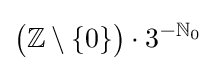
{\bigl (}\mathbb {Z} \setminus \{0\}{\bigr )}\cdot 3^{-\mathbb {N} _{0}}